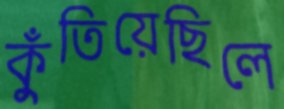
কুঁতিয়েছিলে